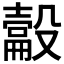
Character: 𰚉